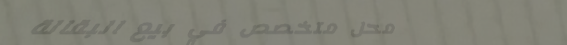
محل متخصص في بيع البقالة